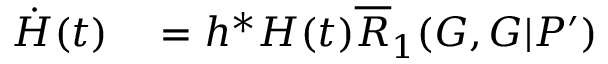
\begin{array} { r l } { \dot { H } ( t ) } & { { } = h ^ { \ast } H ( t ) \overline { { R } } _ { 1 } ( G , G | P ^ { \prime } ) } \end{array}